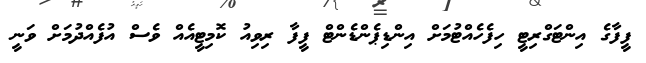
ފީފާގެ އިންޓަގްރިޓީ ހިފެހެއްޓުމަށް އިންޑިޕެންޑެންޓް ފީފާ ރިވިއު ކޮމިޓީއެއް ވެސް އުފެއްދުމަށް ވަނީ